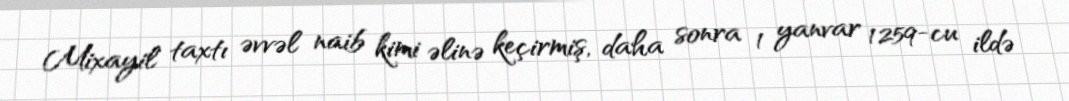
Mixayil taxtı əvvəl naib kimi əlinə keçirmiş, daha sonra 1 yanvar 1259-cu ildə